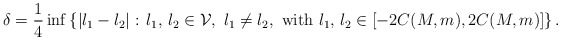
\begin{align*}\delta=\frac{1}{4}\inf\left\{|l_1-l_2|:\,l_1,\,l_2\in\mathcal{V},\,\,l_1\neq l_2,\,\,{\rm with}\,\,l_1,\,l_2\in[-2C(M,m),2C(M,m)]\right\}.\end{align*}